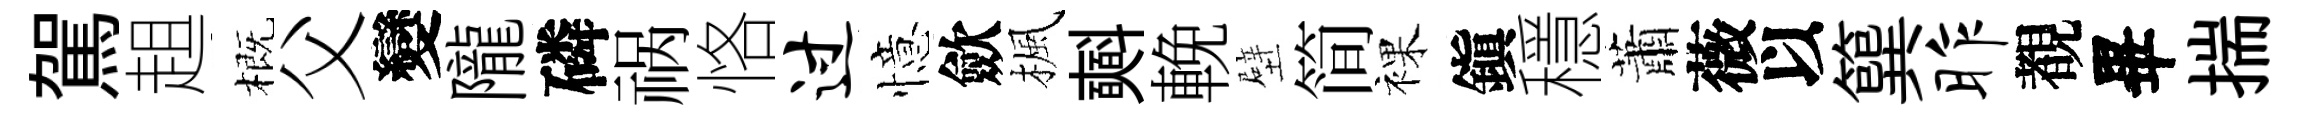
駕趄概父變隴磷祸恪过憶歛楓𣂏輓壁简裸鎭穩蕭薇以簨昨覩畢揣